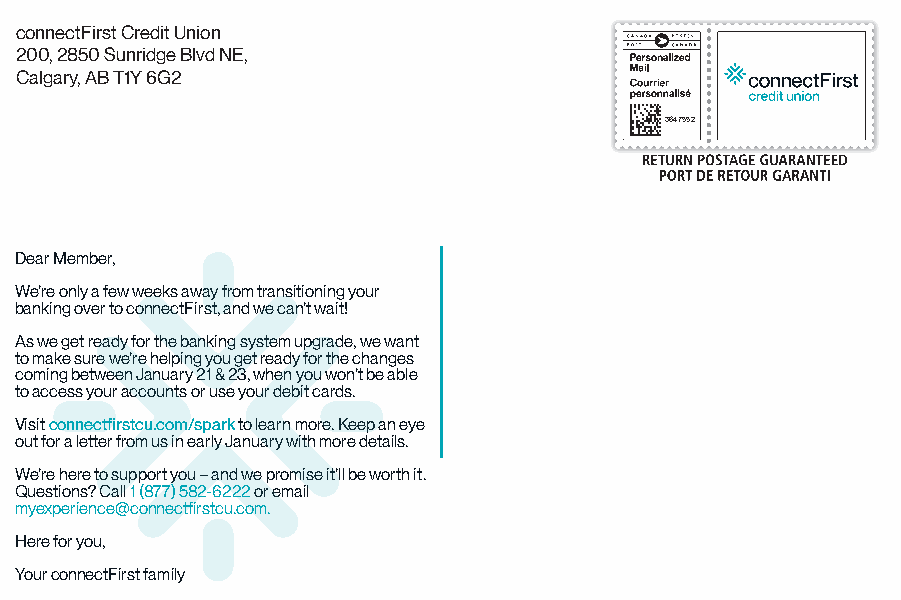
connectFirst Credit Union
 200, 2850 Sunridge Blvd NE,
 Calgary, AB T1Y 6G2
 3647552
 Dear Member,
 We’re only a few weeks away from transitioning your
 banking over to connectFirst, and we can’t wait!
 As we get ready for the banking system upgrade, we want
 to make sure we’re helping you get ready for the changes
 coming between January 21 & 23, when you won’t be able
 to access your accounts or use your debit cards.
 Visit connectfirstcu.com/spark to learn more. Keep an eye
 out for a letter from us in early January with more details.
 We’re here to support you – and we promise it’ll be worth it.
 Questions? Call 1 (877) 582-6222 or email
 myexperience@connectfirstcu.com.
 Here for you,
 Your connectFirst family